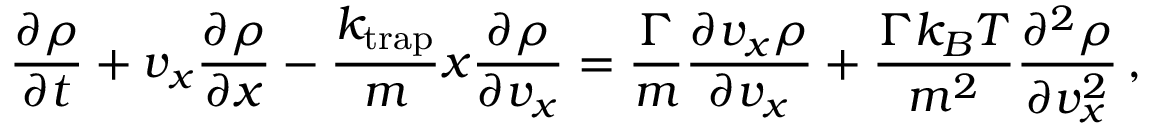
\frac { \partial \rho } { \partial t } + v _ { x } \frac { \partial \rho } { \partial x } - \frac { k _ { \mathrm { t r a p } } } { m } x \frac { \partial \rho } { \partial v _ { x } } = \frac { \Gamma } { m } \frac { \partial v _ { x } \rho } { \partial v _ { x } } + \frac { \Gamma k _ { B } T } { m ^ { 2 } } \frac { \partial ^ { 2 } \rho } { \partial v _ { x } ^ { 2 } } \, ,